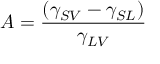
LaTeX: A = { \frac { ( \gamma _ { S V } - \gamma _ { S L } ) } { \gamma _ { L V } } }